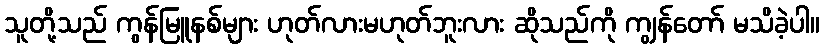
သူတို့သည် ကွန်မြူနစ်များ ဟုတ်လားမဟုတ်ဘူးလား ဆိုသည်ကို ကျွန်တော် မသိခဲ့ပါ။